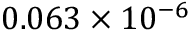
0 . 0 6 3 \times 1 0 ^ { - 6 }